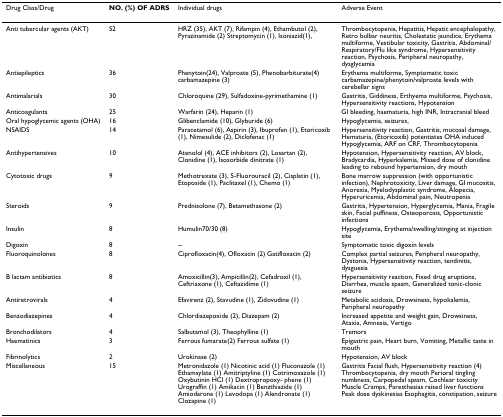
<table><thead><tr><td><b>Drug Class/Drug</b></td><td><b>NO. (%) OF ADRS</b></td><td><b>Individual drugs</b></td><td><b>Adverse Event</b></td></tr></thead><tbody><tr><td>Anti tubercular agents (AKT)</td><td>52</td><td>HRZ (35), AKT (7), Rifampin (4), Ethambutol (2), Pyrazinamide (2) Streptomycin (1), Isoniazid(1),</td><td>Thrombocytopenia, Hepatitis, Hepatic encephalopathy, Retro bulbar neuritis, Cholestatic jaundice, Erythema multiforme, Vestibular toxicity, Gastritis, Abdominal/Respiratory/Flu like syndrome, Hypersensitivity reaction, Psychosis, Peripheral neuropathy, dysglycemia</td></tr><tr><td>Antiepileptics</td><td>36</td><td>Phenytoin(24), Valproate (5), Phenobarbiturate(4) carbamazepine (3)</td><td>Erythema multiforme, Symptomatic toxic carbamazepine/phenytoin/valproate levels with cerebellar signs</td></tr><tr><td>Antimalarials</td><td>30</td><td>Chloroquine (29), Sulfadoxine-pyrimethamine (1)</td><td>Gastritis, Giddiness, Erthyema multiforme, Psychosis, Hypersensitivity reactions, Hypotension</td></tr><tr><td>Anticoagulants</td><td>25</td><td>Warfarin (24), Heparin (1)</td><td>GI bleeding, haematuria, high INR, Intracranial bleed</td></tr><tr><td>Oral hypoglycemic agents (OHA)</td><td>16</td><td>Glibenclamide (10), Glyburide (6)</td><td>Hypoglycemia, seizures,</td></tr><tr><td>NSAIDS</td><td>14</td><td>Paracetamol (6), Aspirin (3), Ibuprofen (1), Etoricoxib (1), Nimesulide (2), Diclofenac (1)</td><td>Hypersensitivity reaction, Gastritis, mucosal damage, Hematuria, (Etoricoxib) potentiates OHA induced Hypoglycemia, ARF on CRF, Thrombocytopenia</td></tr><tr><td>Antihypertensives</td><td>10</td><td>Atenolol (4), ACE inhibitors (2), Losartan (2), Clonidine (1), Isosorbide dinitrate (1)</td><td>Hypotension, Hypersensitivity reaction, AV block, Bradycardia, Hyperkalemia, Missed dose of clonidine leading to rebound hypertension, dry mouth</td></tr><tr><td>Cytotoxic drugs</td><td>9</td><td>Methotrexate (3), 5-Fluorouracil (2), Cisplatin (1), Etoposide (1), Paclitaxel (1), Chemo (1)</td><td>Bone marrow suppression (with opportunistic infection), Nephrotoxicity, Liver damage, GI mucositis, Anorexia, Myelodysplastic syndrome, Alopecia, Hyperuricemia, Abdominal pain, Neutropenia</td></tr><tr><td>Steroids</td><td>9</td><td>Prednisolone (7), Betamethasone (2)</td><td>Gastritis, Hypertension, Hyperglycemia, Mania, Fragile skin, Facial puffiness, Osteoporosis, Opportunistic infections</td></tr><tr><td>Insulin</td><td>8</td><td>Humulin70/30 (8)</td><td>Hypoglycemia, Erythema/swelling/stinging at injection site</td></tr><tr><td>Digoxin</td><td>8</td><td>--</td><td>Symptomatic toxic digoxin levels</td></tr><tr><td>Fluoroquinolones</td><td>8</td><td>Ciprofloxacin(4), Ofloxacin (2) Gatifloxacin (2)</td><td>Complex partial seizures, Peripheral neuropathy, Dystonia, Hypersensitivity reaction, tendinitis, dysguesia</td></tr><tr><td>B lactam antibiotics</td><td>8</td><td>Amoxicillin(3), Ampicillin(2), Cefadroxil (1), Ceftriaxone (1), Ceftazidime (1)</td><td>Hypersensitivity reaction, Fixed drug eruptions, Diarrhea, muscle spasm, Generalized tonic-clonic seizure</td></tr><tr><td>Antiretrovirals</td><td>4</td><td>Efavirenz (2), Stavudine (1), Zidovudine (1)</td><td>Metabolic acidosis, Drowsiness, hypokalemia, Peripheral neuropathy</td></tr><tr><td>Benzodiazepines</td><td>4</td><td>Chlordiazepoxide (2), Diazepam (2)</td><td>Increased appetite and weight gain, Drowsiness, Ataxia, Amnesia, Vertigo</td></tr><tr><td>Bronchodilators</td><td>4</td><td>Salbutamol (3), Theophylline (1)</td><td>Tremors</td></tr><tr><td>Haematinics</td><td>3</td><td>Ferrous fumarate(2) Ferrous sulfate (1)</td><td>Epigastric pain, Heart burn, Vomiting, Metallic taste in mouth</td></tr><tr><td>Fibrinolytics</td><td>2</td><td>Urokinase (2)</td><td>Hypotension, AV block</td></tr><tr><td>Miscellaneous</td><td>15</td><td>Metronidazole (1) Nicotinic acid (1) Fluconazole (1) Ethamsylate (1) Amitriptyline (1) Cotrimoxazole (1) Oxybutinin HCl (1) Dextropropoxy- phene (1) Urograffin (1) Amikacin (1) Benzthiazide (1) Amiodarone (1) Levodopa (1) Alendronate (1) Clozapine (1)</td><td>Gastritis Facial flush, Hypersensitivity reaction (4) Thrombocytopenia, dry mouth Perioral tingling numbness, Carpopedal spasm, Cochlear toxicity Muscle Cramps, Paresthesias raised liver functions Peak dose dyskinesias Esophagitis, constipation, seizure</td></tr></tbody></table>